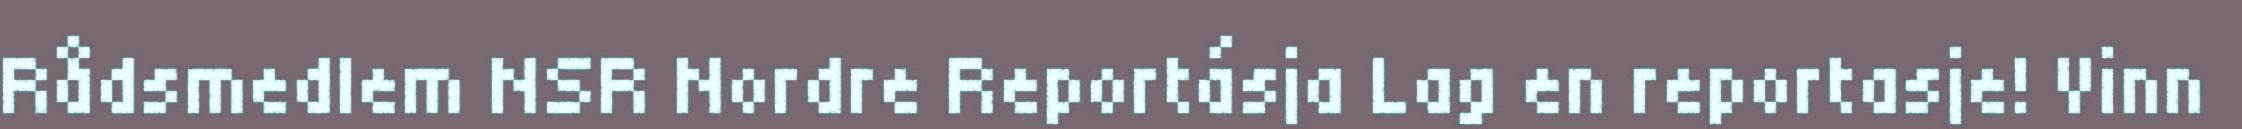
Rådsmedlem NSR Nordre Reportásja Lag en reportasje! Vinn